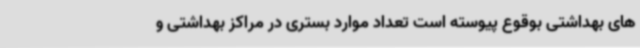
های بهداشتی بوقوع پیوسته است تعداد موارد بستری در مراکز بهداشتی و